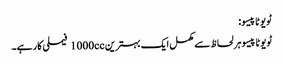
ٹویوٹا پیسو:
ٹویوٹا پیسو ہر لحاظ سے مکمل ایک بہترین 1000cc فیملی کار ہے۔